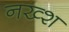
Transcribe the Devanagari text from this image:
नख्श